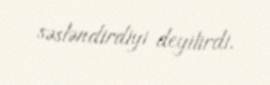
səsləndirdiyi deyilirdi.